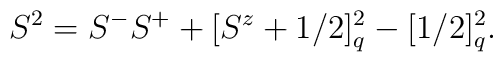
S^2 =S^-S^+ +[S^z+1/2]_q ^2 -[1/2]_q ^2.